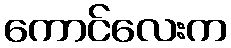
ကောင်လေးက